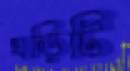
ঘড়িটি